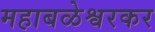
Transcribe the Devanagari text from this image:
महाबळेश्वरकर